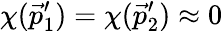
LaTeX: \chi(\vec{p}_{1}^{\prime})=\chi(\vec{p}_{2}^{\prime})\approx 0